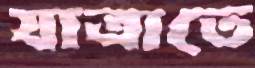
যাত্রাতে